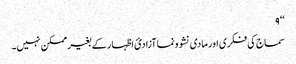
‘‘ ۹
سماج کی فکری اور مادی نشوونما آزادئ اظہار کے بغیر ممکن نہیں۔